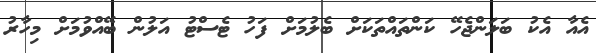
އެއާ އެކު ބަލަންޖެހޭ ކަންތައްތަކަށް ބެލުމަށް ފަހު ޓެސްޓު އަލުން ބޭއްވުމަށް މިހާރު